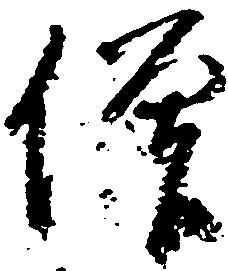
僧